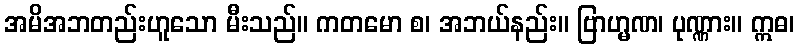
အမိအဘတည်းဟူသော မီးသည်။ ကတမော စ၊ အဘယ်နည်း။ ဗြာဟ္မဏ၊ ပုဏ္ဏား။ ဣဓ၊